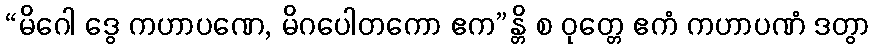
“မိဂေါ ဒွေ ကဟာပဏေ, မိဂပေါတကော ဧက”န္တိ စ ဝုတ္တေ ဧကံ ကဟာပဏံ ဒတွာ